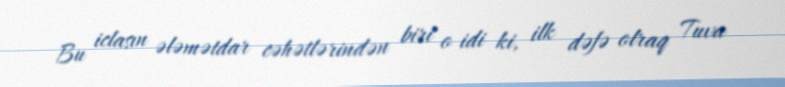
Bu iclasın ələmətdar cəhətlərindən biri o idi ki, ilk dəfə olraq Tuva